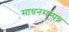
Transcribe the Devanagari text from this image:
साधनसम्पन्न